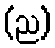
(ည)